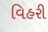
વિહરી